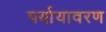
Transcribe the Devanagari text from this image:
पर्यायावरण